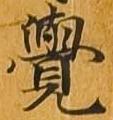
覚